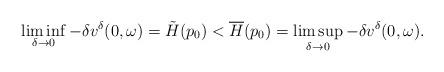
LaTeX: \begin{align*} \liminf_{\delta\rightarrow 0}-\delta v^\delta(0,\omega)=\tilde{H}(p_0)<\overline{H}(p_0)=\limsup_{\delta\rightarrow 0}-\delta v^\delta(0,\omega).\end{align*}